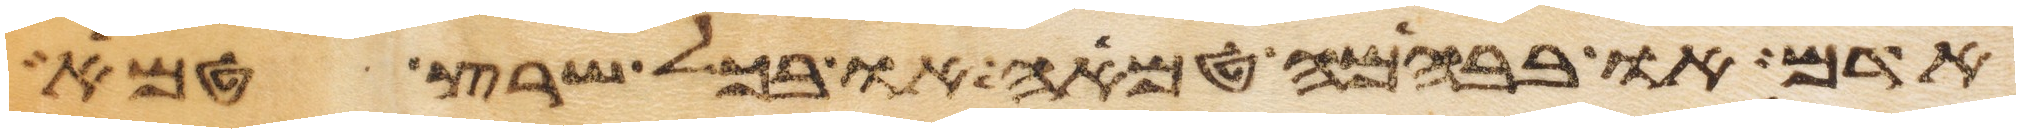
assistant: אדם או בבהמה טמאה או בכל שרץ טמא